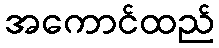
အကောင်ထည်